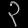
Digit: ၃